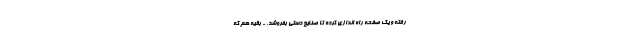
رفته و یک صفحه راه اندازی کرده تا صنایع دستی بفروشد. - بقیه هم که